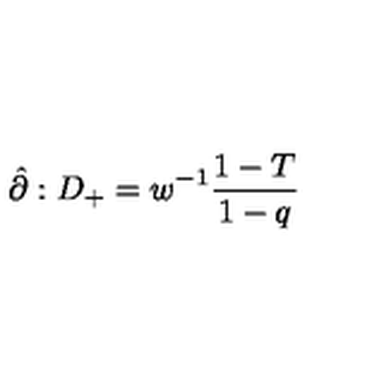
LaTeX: \hat { \partial } : D _ { + } = w ^ { - 1 } \frac { 1 - T } { 1 - q }